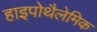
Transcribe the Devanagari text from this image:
हाइपोथैलेमिक